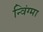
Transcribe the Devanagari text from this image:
न्विंग्मा